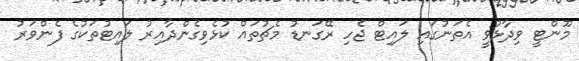
މޫންޓީ ވިދާޅުވީ އެތަނުގައި ލައިޓް ޖެހި ރޭގަނޑު މެޗުތައް ކުޅެވިގެންދާއިރު ލައިޓުތަކުގެ ފެންވަރު